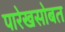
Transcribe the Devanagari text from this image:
पारेखसोबत